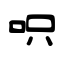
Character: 呮